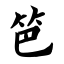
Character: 笆